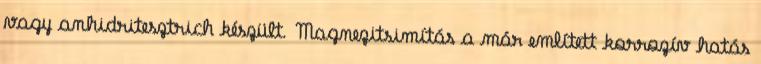
vagy anhidritesztrich készült. Magnezitsimítás a már említett korrozív hatás